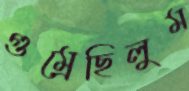
গুম্‌রেছিলুম